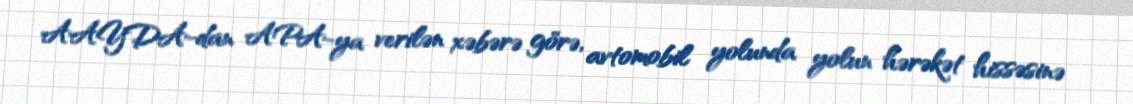
AAYDA-dan APA-ya verilən xəbərə görə, avtomobil yolunda yolun hərəkət hissəsinə